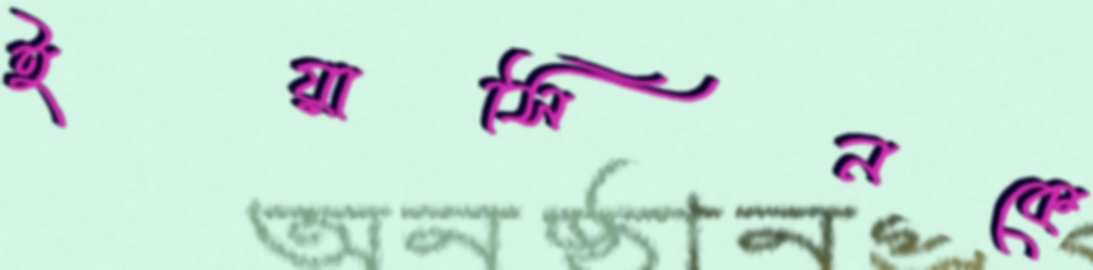
ইয়াসিনকে